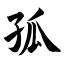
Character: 孤